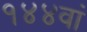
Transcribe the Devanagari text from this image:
१४४वां